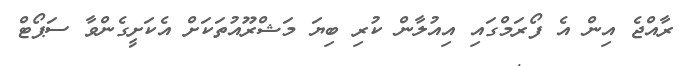
ރާއްޖެ އިން އެ ފޯރަމްގައި އިއުލާން ކުރި ބިޔަ މަޝްރޫއުތަކަށް އެކަށީގެންވާ ސަޕޯޓް